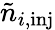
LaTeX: \tilde{n}_{i,\mathrm{inj}}